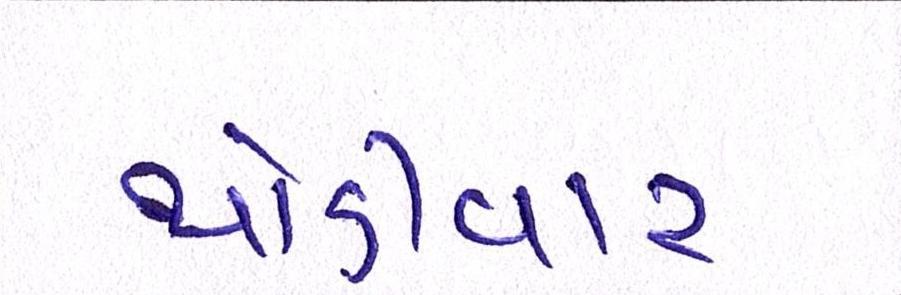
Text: થોડીવાર